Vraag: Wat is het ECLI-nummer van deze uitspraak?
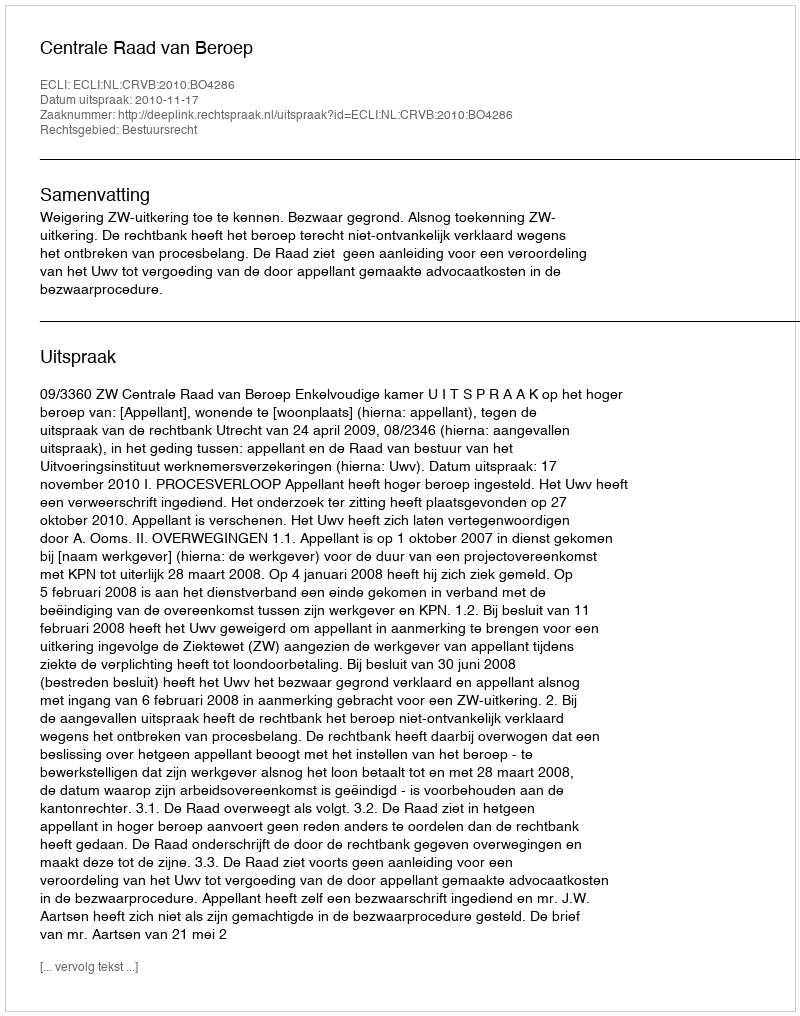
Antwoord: ECLI:NL:CRVB:2010:BO4286